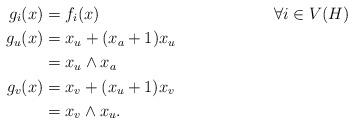
LaTeX: \begin{align*}g_i(x) &= f_i(x) && \forall i \in V(H)\\g_u(x) &= x_u + (x_a+1) x_u\\&= x_u \land x_a\\g_v(x) &= x_v + (x_u + 1) x_v\\&= x_v \land x_u.\end{align*}